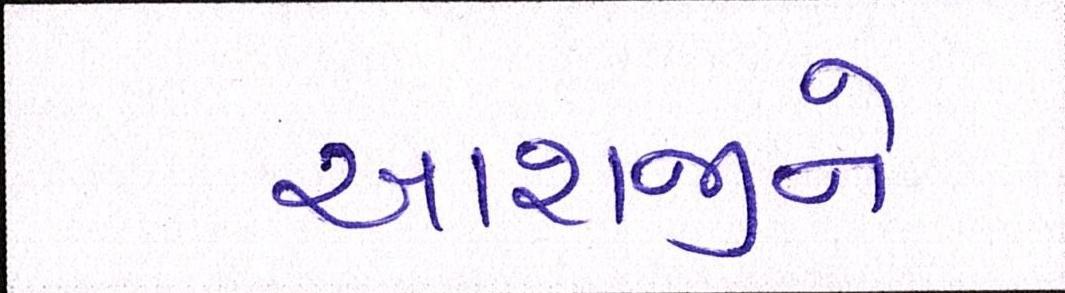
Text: આશાજીને